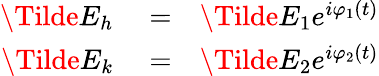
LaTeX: \begin{array}{rlr}{\Tilde{E}_{h}}&{{}=}&{\Tilde{E}_{1}e^{i\varphi_{1}(t)}}\\ {\Tilde{E}_{k}}&{{}=}&{\Tilde{E}_{2}e^{i\varphi_{2}(t)}}\end{array}